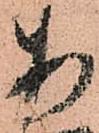
安